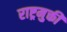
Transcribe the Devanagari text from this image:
राष्ट्रमुक्ती